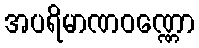
အပရိမာဏဝဏ္ဏော